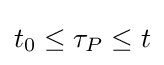
t_{0}\leq \tau _{P}\leq t